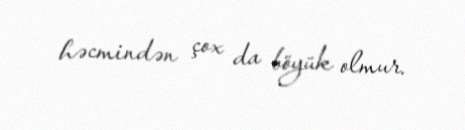
həcmindən çox da böyük olmur.